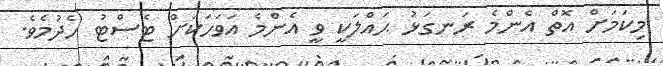
މިކަމަށް އޮތް އެންމެ ރަނގަޅު ޙައްލަކީ ވީ އެންމެ އަވަހަކަށް ޓެސްޓު ހެދުމެވެ.